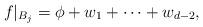
LaTeX: \begin{align*} f|_{B_j} = \phi + w_1 + \dots + w_{d-2}, \end{align*}